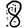
Digit: 8